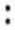
: